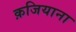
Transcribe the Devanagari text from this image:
क़जियाना